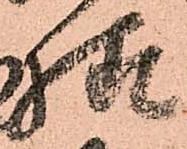
様